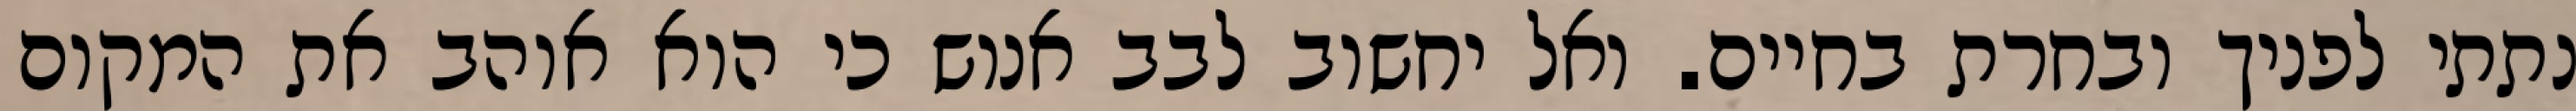
נתתי לפניך ובחרת בחיים. ואל יחשוב לבב אנוש כי הוא אוהב את המקום